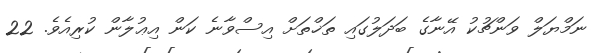
ނަމްޔަލް ވަންޗުކު އޭނާގެ ބަދަލުގައި ތަޚްތަށް އިސްވާނެ ކަން އިޢުލާން ކުރިއެވެ. 22